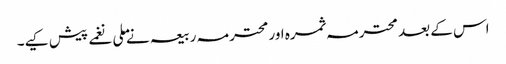
اس کے بعد محترمہ ثمرہ اور محترمہ ربیعہ نے ملی نغمے پیش کیے۔